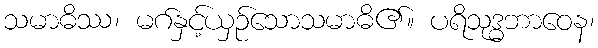
သမာဓိဿ၊ မဂ်နှင့်ယှဉ်သောသမာဓိ၏။ ပရိသုဒ္ဓဘာဝေန၊